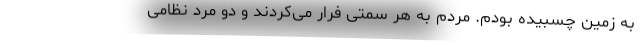
به زمین چسبیده بودم. مردم به هر سمتی فرار می‌کردند و دو مرد نظامی